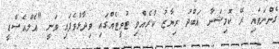
ގެންނަވައި ރޭ ކޮމިޝަނާ އަބްދު ރިޔާޒު ކުރެއްވި ޓުވީޓެއްގައި ވިދާޅުވެފައި ވަނީ "އެލްއެސްޑީ